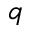
q